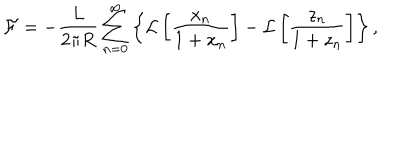
\mathcal { F } = - \frac { L } { 2 \pi R } \sum _ { n = 0 } ^ { \infty } \left\{ \mathcal { L } \left[ \frac { x _ { n } } { 1 + x _ { n } } \right] - \mathcal { L } \left[ \frac { z _ { n } } { 1 + z _ { n } } \right] \right\} ,